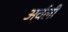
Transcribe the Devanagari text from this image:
अर्वली